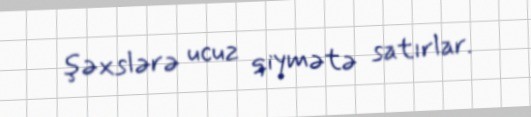
şəxslərə ucuz qiymətə satırlar.